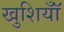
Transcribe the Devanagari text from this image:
खुशियॉँ